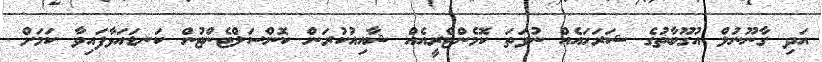
އަދި ގާނޫނުލް އުގޫބާތުގެ ޝަރަހައެއް ނުވަތަ ކޮމެންޓްރީއެއް ޝާއިއުކުރަން ކޮންސަލްޓެންޓުން ކަނޑައަޅާފައިވާ ކަމަށް